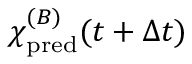
{ \chi \smash [ t ] { \mathstrut } } _ { \mathrm { p r e d } } ^ { ( B ) } ( t + \Delta t )